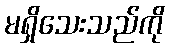
မရှိသေးသည်ကို